Lock hospitals Punjab
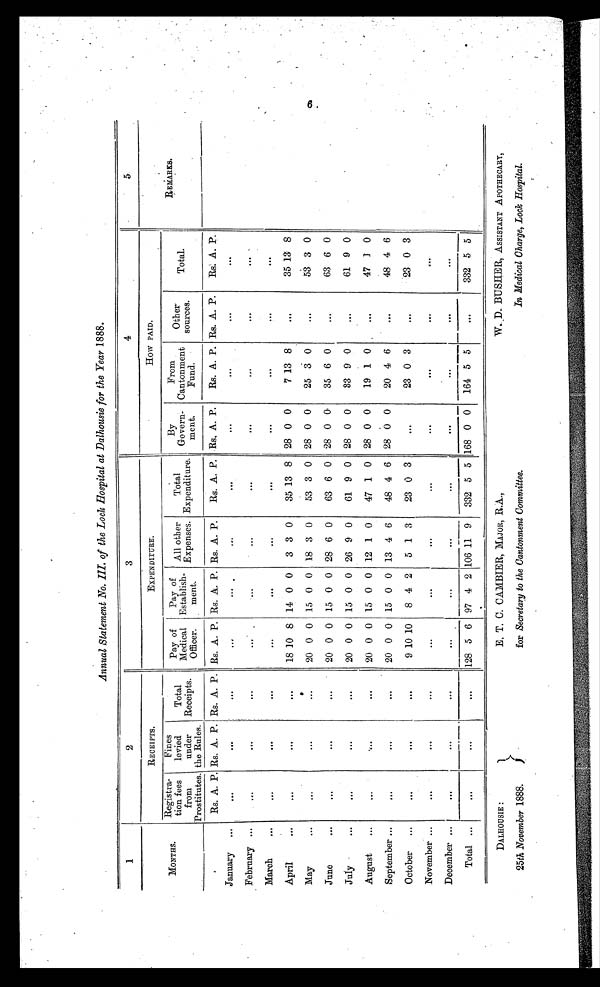
DALHOUSIE :
25 th November 1888.
E, T. C. CAMBIER, MAJOR, R.A.,
for Secretary to the Cantonment Committee.
W. ,D. BUSHER, ASSISTANT APOTHECARY,
In Medical Charge, Lock Hospital.
Annual Statement No. III. of the Lock Hospital at Dalhousie for the Year 1888.
1
2
3
4
5
MONTHS.
RECEIPTS.
EXPENDITURE.
How PAID.
REMARKS.
Registra
tion fees
from
Prostitutes.
Fines
levied
under
the Rules.
Total
Receipts.
Pay of
Medical
Officer.
Pay o f
Establish
ment.
All other
Expenses.
Total
Expenditure.
By
Govern
ment.
From
Cantonment
Fund.
Other
sources.
Total.
Rs. A. P. Rs. A. P. Rs. A. P. Rs. A. P. Rs. A. P. Rs. A. P.
Rs. A. P. Rs. A. P.
Rs. A. P. Rs. A. P.
Rs. A. P.
January
...
. . .
. . .
. . .
...
...
. . .
...
...
...
...
February
...
. . .
...
...
...
...
. . .
...
...
...
...
March
...
. . .
. . .
. . .
...
...
. . .
...
...
...
...
April
...
. . .
. . .
18 10 8 14 0 0
3 3 0
35 13 8 28 0 0
7 13 8
...
35 13 8
May
...
. . .
...
20 0 0 15 0 0 18 3 0
53 3 0 28 0 0
25 3 0
...
53 3 0
June
...
...
...
20 0 0 15 0 0 28 6 0
63 6 0 28 0
0
35 6 0
...
63 6 0
July
...
...
...
20 0 0 15 0 0 26 9 0
61 9 0 28 0 0
33 9 0
...
61 9 0
August
...
. . .
. . .
20 0 0 15 0 0 12 1 0
47 1 0 28 0 0
19 1 0
...
47 1 0
September
...
...
•••
20 0 0 15 0 0 13 4 6
48 4 6 28 0 0
20 4 6
...
48 4 6
October
...
. . .
. . .
9 10 10
8 4 2
5 1 3
23 0 3
. . .
23 0 3
...
23 0 3
November
...
. . .
. . .
. . .
...
...
. . .
. . .
. . .
...
...
...
December
...
...
•••
. . .
...
...
••• . . .
. . .
. . .
...
. . .
Total
...
...
...
128 5 6 97 4 2 106 11 9
332 5 5 168 0 0
164 5 5
...
332 5 5
6